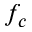
f _ { c }